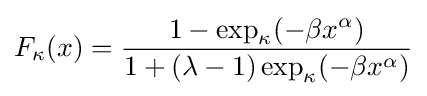
F_{\kappa }(x)={\frac {1-\exp _{\kappa }(-\beta x^{\alpha })}{1+(\lambda -1)\exp _{\kappa }(-\beta x^{\alpha })}}